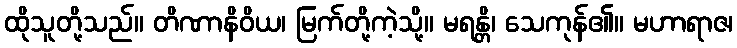
ထိုသူတို့သည်။ တိဏာနိဝိယ၊ မြက်တို့ကဲ့သို့။ မရန္တိ၊ သေကုန်၏။ မဟာရာဇ၊